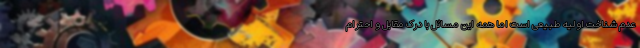
عدم شناخت اولیه طبیعی است اما همه این مسائل با درک مقابل و احترام